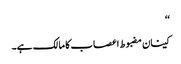
‘‘
کینان مضبوط اعصاب کا مالک ہے۔